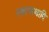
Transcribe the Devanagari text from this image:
एकानाथादि